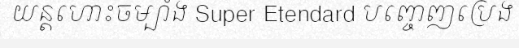
យន្តហោះចម្បាំង Super Etendard បញ្ចេញប្រេង